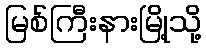
မြစ်ကြီးနားမြို့သို့